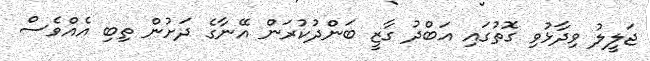
ޖަލީލު ވިދާޅުވި ގޮތުގައި އަބްދު ގާޒީ ބަންދުކުރަން އޭނާގެ ދަށުން ތިބި އެއްވެސް